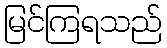
မြင်ကြရသည်